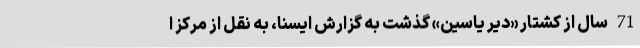
71 سال از کشتار «دیر یاسین» گذشت به گزارش ایسنا، به نقل از مرکز ا